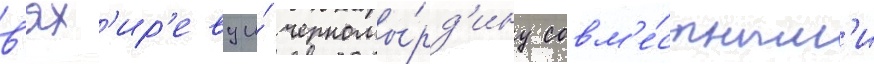
в'ях'ир'еву и́ черномы́рд'ину совм'е́стным'и